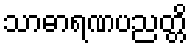
သာဓာရဏပညတ္တိ